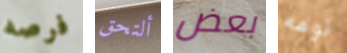
فرصه ألتحق بعض نومه